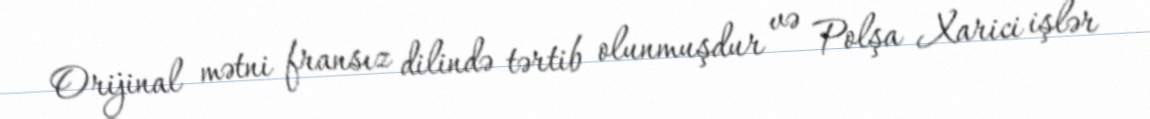
Orijinal mətni fransız dilində tərtib olunmuşdur və Polşa Xarici işlər